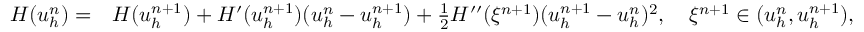
\begin{array} { r l } { H ( u _ { h } ^ { n } ) = } & { H ( u _ { h } ^ { n + 1 } ) + H ^ { \prime } ( u _ { h } ^ { n + 1 } ) ( u _ { h } ^ { n } - u _ { h } ^ { n + 1 } ) + \frac 1 2 H ^ { \prime \prime } ( \xi ^ { n + 1 } ) ( u _ { h } ^ { n + 1 } - u _ { h } ^ { n } ) ^ { 2 } , \quad \xi ^ { n + 1 } \in ( u _ { h } ^ { n } , u _ { h } ^ { n + 1 } ) , } \end{array}